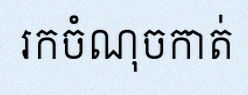
រកចំណុចកាត់